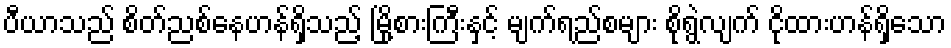
ပီယာသည် စိတ်ညစ်နေဟန်ရှိသည့် မြို့စားကြီးနှင့် မျက်ရည်စများ စိုရွဲလျက် ငိုထားဟန်ရှိသော